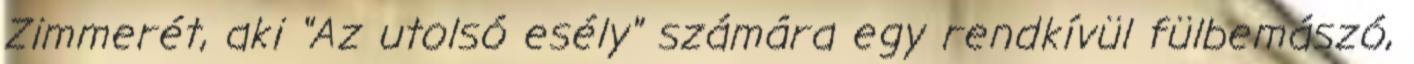
Zimmerét, aki "Az utolsó esély" számára egy rendkívül fülbemászó,